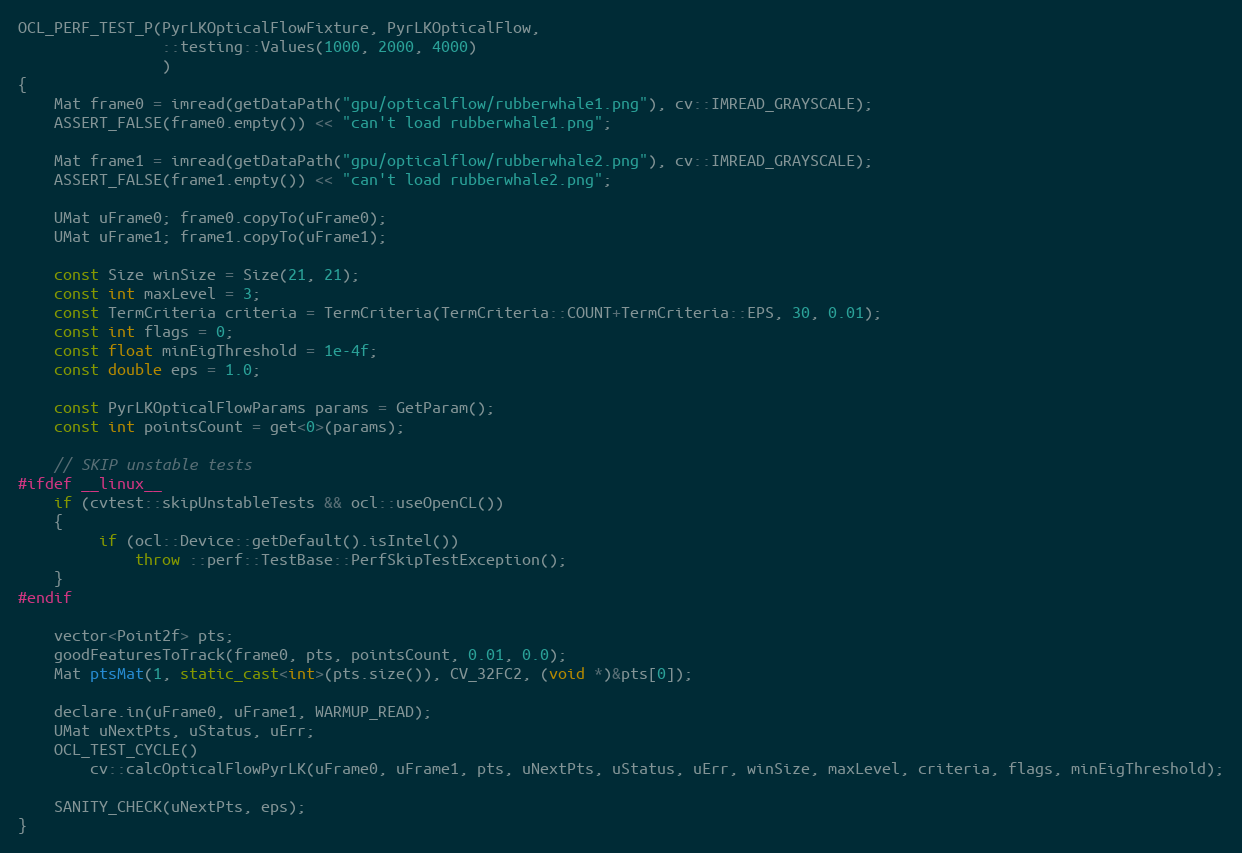
Language: C++
OCL_PERF_TEST_P(PyrLKOpticalFlowFixture, PyrLKOpticalFlow,
                ::testing::Values(1000, 2000, 4000)
                )
{
    Mat frame0 = imread(getDataPath("gpu/opticalflow/rubberwhale1.png"), cv::IMREAD_GRAYSCALE);
    ASSERT_FALSE(frame0.empty()) << "can't load rubberwhale1.png";

    Mat frame1 = imread(getDataPath("gpu/opticalflow/rubberwhale2.png"), cv::IMREAD_GRAYSCALE);
    ASSERT_FALSE(frame1.empty()) << "can't load rubberwhale2.png";

    UMat uFrame0; frame0.copyTo(uFrame0);
    UMat uFrame1; frame1.copyTo(uFrame1);

    const Size winSize = Size(21, 21);
    const int maxLevel = 3;
    const TermCriteria criteria = TermCriteria(TermCriteria::COUNT+TermCriteria::EPS, 30, 0.01);
    const int flags = 0;
    const float minEigThreshold = 1e-4f;
    const double eps = 1.0;

    const PyrLKOpticalFlowParams params = GetParam();
    const int pointsCount = get<0>(params);

    // SKIP unstable tests
#ifdef __linux__
    if (cvtest::skipUnstableTests && ocl::useOpenCL())
    {
         if (ocl::Device::getDefault().isIntel())
             throw ::perf::TestBase::PerfSkipTestException();
    }
#endif

    vector<Point2f> pts;
    goodFeaturesToTrack(frame0, pts, pointsCount, 0.01, 0.0);
    Mat ptsMat(1, static_cast<int>(pts.size()), CV_32FC2, (void *)&pts[0]);

    declare.in(uFrame0, uFrame1, WARMUP_READ);
    UMat uNextPts, uStatus, uErr;
    OCL_TEST_CYCLE()
        cv::calcOpticalFlowPyrLK(uFrame0, uFrame1, pts, uNextPts, uStatus, uErr, winSize, maxLevel, criteria, flags, minEigThreshold);

    SANITY_CHECK(uNextPts, eps);
}